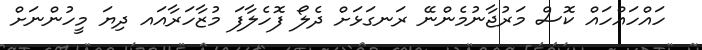
ހައްހައްހައް ކޮސް މަރުޖާނުމެންނޭ ރަނގަޅަށް ދެލޯ ފޮހެލާފަ މުޒާހަރާއައ ދިޔަ މީހުންނަށް